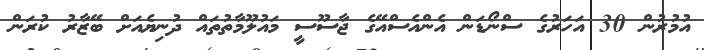
އުމުރުން 30 އަހަރުގެ ސްނޯޑަން އެންއެސްއޭގެ ޖާސޫސީ މައުލޫމާތުތައް ދުނިޔެއަށް ބޭޒާރު ކުރަން